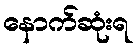
နောက်ဆုံးရ